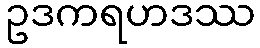
ဥဒကရဟဒဿ